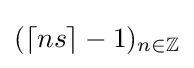
(\lceil ns\rceil -1)_{n\in \mathbb {Z} }